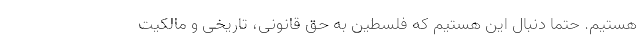
هستیم. حتما دنبال این هستیم که فلسطین به حق قانونی، تاریخی و مالکیت